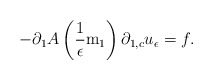
\begin{align*}-\partial_{1}A\left(\frac{1}{\epsilon}\mathrm{m}_{1}\right)\partial_{1,c}u_{\epsilon}=f.\end{align*}